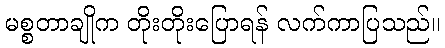
မစ္စတာချိုက တိုးတိုးပြောရန် လက်ကာပြသည်။